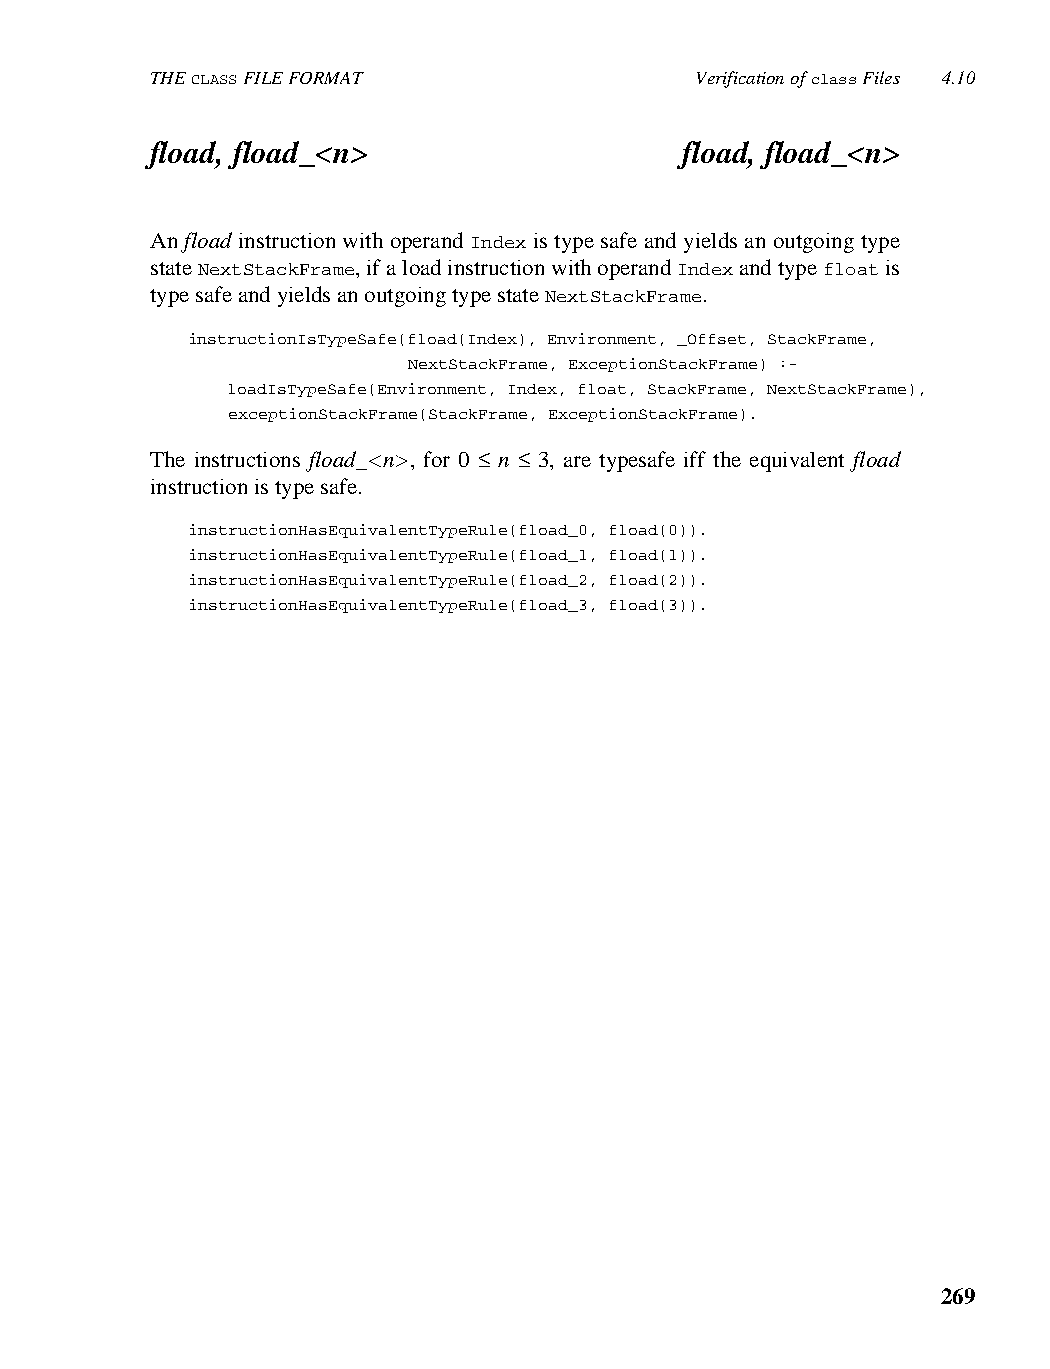
THE CLASS FILE FORMAT               Verification of class Files 4.10
 fload, fload_<n>                   fload, fload_<n>
 An fload instruction with operand Index is type safe and yields an outgoing type
 state NextStackFrame, if a load instruction with operand Index and type float is
 type safe and yields an outgoing type state NextStackFrame.
 instructionIsTypeSafe(fload(Index), Environment, _Offset, StackFrame,
 NextStackFrame, ExceptionStackFrame) :-
 loadIsTypeSafe(Environment, Index, float, StackFrame, NextStackFrame),
 exceptionStackFrame(StackFrame, ExceptionStackFrame).
 The instructions fload_<n>, for 0 ≤ n ≤ 3, are typesafe iff the equivalent fload
 instruction is type safe.
 instructionHasEquivalentTypeRule(fload_0, fload(0)).
 instructionHasEquivalentTypeRule(fload_1, fload(1)).
 instructionHasEquivalentTypeRule(fload_2, fload(2)).
 instructionHasEquivalentTypeRule(fload_3, fload(3)).
 269